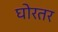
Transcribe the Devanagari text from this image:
घोरतर